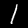
Label: 1